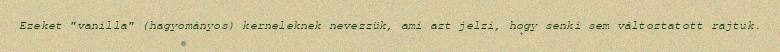
Ezeket "vanilla" (hagyományos) kerneleknek nevezzük, ami azt jelzi, hogy senki sem változtatott rajtuk.